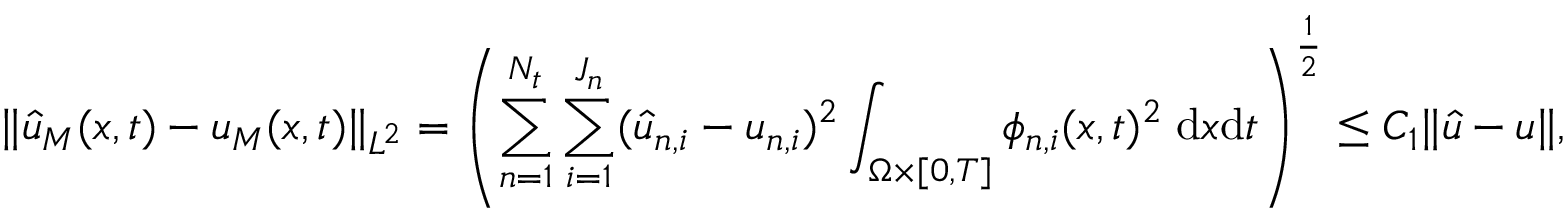
\| \hat { u } _ { M } ( \boldsymbol { x } , t ) - u _ { M } ( \boldsymbol { x } , t ) \| _ { L ^ { 2 } } = \left( \sum _ { n = 1 } ^ { N _ { t } } \sum _ { i = 1 } ^ { J _ { n } } ( \hat { u } _ { n , i } - u _ { n , i } ) ^ { 2 } \int _ { \Omega \times [ 0 , T ] } \phi _ { n , i } ( \boldsymbol { x } , t ) ^ { 2 } \; \mathrm { d } \boldsymbol { x } \mathrm { d } t \right) ^ { \frac { 1 } { 2 } } \le C _ { 1 } \| \boldsymbol { \hat { u } } - \boldsymbol { u } \| ,